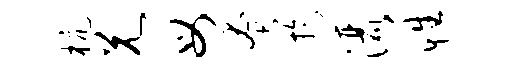
杭兄母奄迂洒性